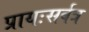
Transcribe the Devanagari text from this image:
प्रायःसर्वत्र